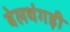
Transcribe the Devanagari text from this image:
बेलथंगड़ी